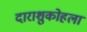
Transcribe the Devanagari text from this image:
दाराशुकोहला